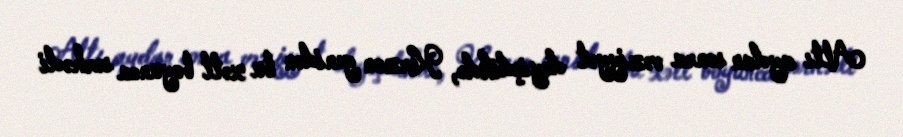
Altı aydan sonra vəziyyət dəyişdikdə, Kerzon yenidən bu xətt boyunca sərhədi